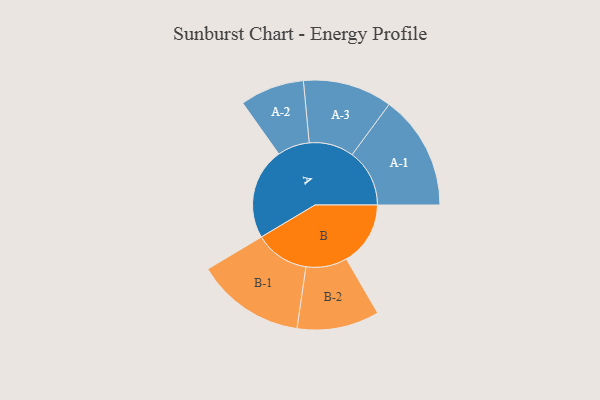
{"axis": {"x": "Segment", "y": "Value"}, "legend": ["", "A", "B"], "data": [{"x": "A", "y": 467, "type": ""}, {"x": "B", "y": 327, "type": ""}, {"x": "A-1", "y": 293, "type": "A"}, {"x": "A-2", "y": 164, "type": "A"}, {"x": "A-3", "y": 228, "type": "A"}, {"x": "B-1", "y": 278, "type": "B"}, {"x": "B-2", "y": 210, "type": "B"}]}